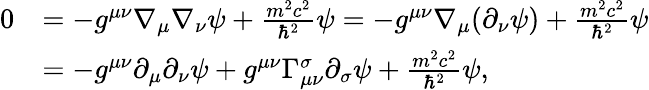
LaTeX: {\begin{array}{rl}{0}&{=-g^{\mu\nu}\nabla_{\mu}\nabla_{\nu}\psi+{\frac{m^{2}c^{2}}{\hbar^{2}}}\psi=-g^{\mu\nu}\nabla_{\mu}(\partial_{\nu}\psi)+{\frac{m^{2}c^{2}}{\hbar^{2}}}\psi}\\ &{=-g^{\mu\nu}\partial_{\mu}\partial_{\nu}\psi+g^{\mu\nu}\Gamma^{\sigma}_{\mu\nu}\partial_{\sigma}\psi+{\frac{m^{2}c^{2}}{\hbar^{2}}}\psi,}\end{array}}